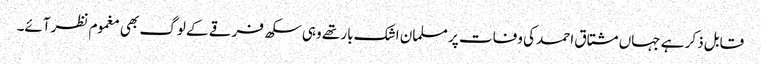
قابل ذکر ہے جہاں مشتاق احمد کی وفات پر مسلمان اشک بار تھے وہی سکھ فرقے کے لوگ بھی مغموم نظرآئے۔